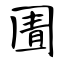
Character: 圊